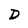
Character: D